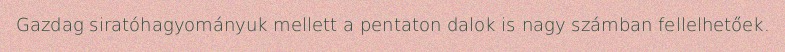
Gazdag siratóhagyományuk mellett a pentaton dalok is nagy számban fellelhetőek.